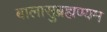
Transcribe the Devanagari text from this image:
बालासुब्रह्मण्यम